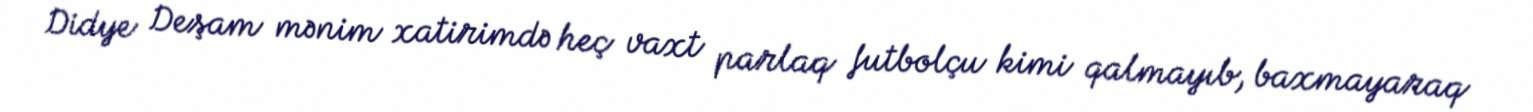
Didye Deşam mənim xatirimdə heç vaxt parlaq futbolçu kimi qalmayıb, baxmayaraq